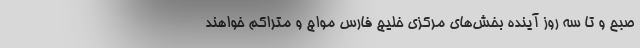
صبح و تا سه روز آِینده بخش‌های مرکزی خلیج فارس مواج و متراکم خواهند